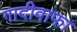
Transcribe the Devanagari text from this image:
गादीवाफा